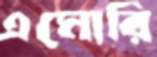
এমোরি